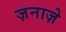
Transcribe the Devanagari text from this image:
ज़नाज़े